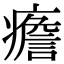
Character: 癚